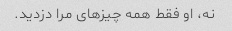
نه، او فقط همه چیزهای مرا دزدید.